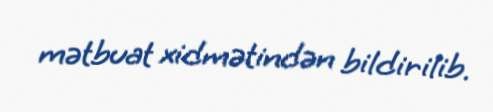
mətbuat xidmətindən bildirilib.